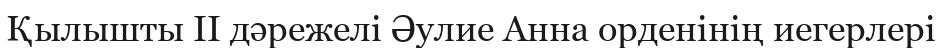
Қылышты II дәрежелі Әулие Анна орденінің иегерлері